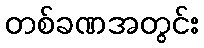
တစ်ခဏအတွင်း